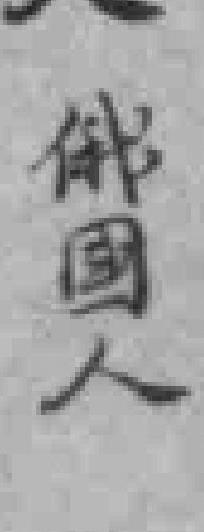
俄國人